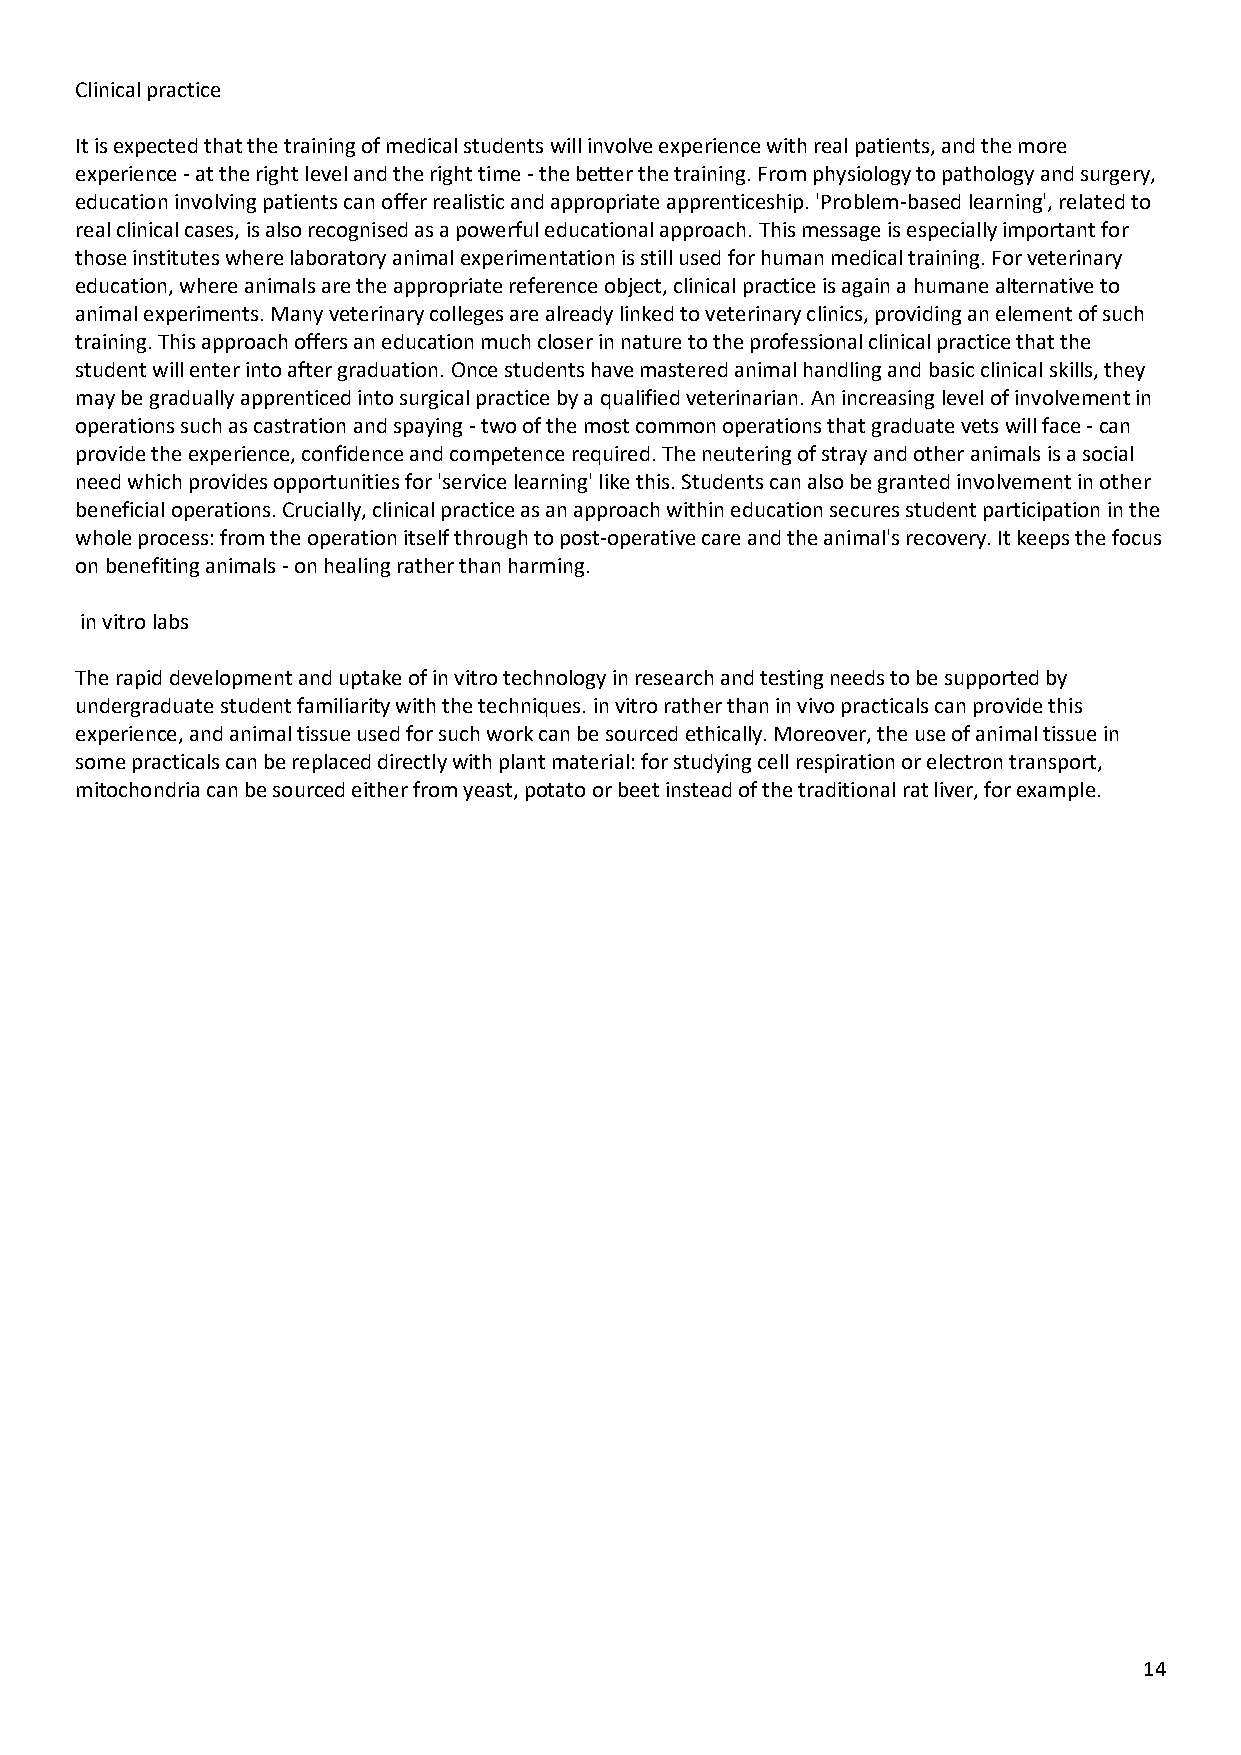
Clinical practice
 It is expected that the training of medical students will involve experience with real patients, and the more
 experience - at the right level and the right time - the better the training. From physiology to pathology and surgery,
 education involving patients can offer realistic and appropriate apprenticeship. 'Problem-based learning', related to
 real clinical cases, is also recognised as a powerful educational approach. This message is especially important for
 those institutes where laboratory animal experimentation is still used for human medical training. For veterinary
 education, where animals are the appropriate reference object, clinical practice is again a humane alternative to
 animal experiments. Many veterinary colleges are already linked to veterinary clinics, providing an element of such
 training. This approach offers an education much closer in nature to the professional clinical practice that the
 student will enter into after graduation. Once students have mastered animal handling and basic clinical skills, they
 may be gradually apprenticed into surgical practice by a qualified veterinarian. An increasing level of involvement in
 operations such as castration and spaying - two of the most common operations that graduate vets will face - can
 provide the experience, confidence and competence required. The neutering of stray and other animals is a social
 need which provides opportunities for 'service learning' like this. Students can also be granted involvement in other
 beneficial operations. Crucially, clinical practice as an approach within education secures student participation in the
 whole process: from the operation itself through to post-operative care and the animal's recovery. It keeps the focus
 on benefiting animals - on healing rather than harming.
 in vitro labs
 The rapid development and uptake of in vitro technology in research and testing needs to be supported by
 undergraduate student familiarity with the techniques. in vitro rather than in vivo practicals can provide this
 experience, and animal tissue used for such work can be sourced ethically. Moreover, the use of animal tissue in
 some practicals can be replaced directly with plant material: for studying cell respiration or electron transport,
 mitochondria can be sourced either from yeast, potato or beet instead of the traditional rat liver, for example.
 14